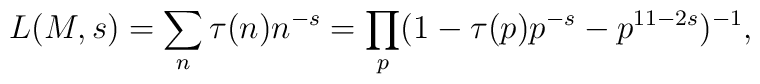
L(M,s)=\sum_{n}\tau (n)n^{-s}=\prod_{p}(1-\tau(p)p^{-s}-p^{11-2s})^{-1},\nonumber